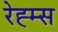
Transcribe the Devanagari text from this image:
रेह्म्स